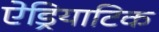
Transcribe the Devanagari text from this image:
ऐड्रियाटिक